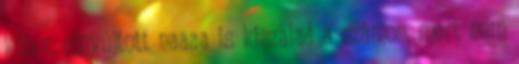
kóbor, elnyújtott naaaa is kiszalad a számon, mert nem